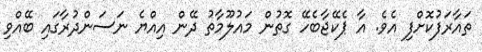
ތައާރަފުކޮށްފި އެވެ. އާ ޕެކޭޖާބެހޭ ގޮތުން މައުލޫމާތު ދޭން އިއްޔެ ނަސަންދުރާގައި ބޭއްވި